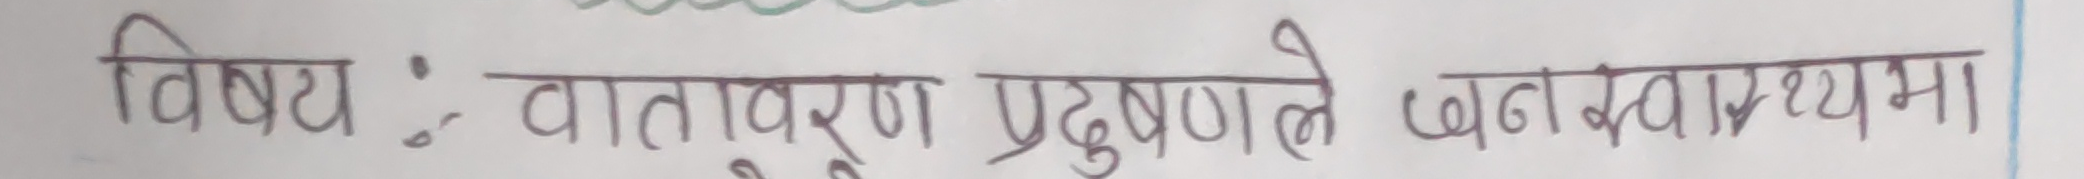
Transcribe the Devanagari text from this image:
विषय : वातावरण प्रदुषणले जनस्वास्थ्यमा